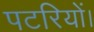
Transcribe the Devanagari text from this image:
पटरियों।